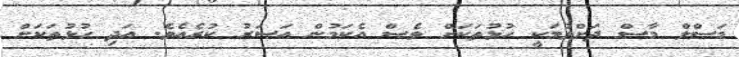
މަސްލް މާސް ދަށްވުމަކީ ހުޅުތަކަށް ވެސް އެކަމުން އަސަރު ކުރެއެވެ. އަދި ހުޅުތަކަށް